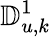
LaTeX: \mathbb{D}_{u,k}^{1}